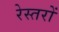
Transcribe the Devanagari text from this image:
रेस्तरों